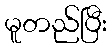
မူတည်ပြီး